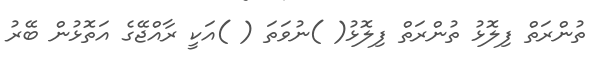
ތުންރަތް ފިލޮޅު ތުންރަތް ފިލޮޅު( )ނުވަތަ ( )އަކީ ރާއްޖޭގެ އަތޮޅުން ބޭރު